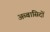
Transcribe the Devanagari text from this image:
अब्बासिदों